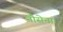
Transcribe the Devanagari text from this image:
नौसेना।